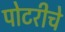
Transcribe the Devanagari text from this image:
पोटरीचे